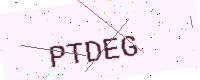
Text: PTDEG